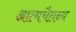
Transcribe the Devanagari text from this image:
आत्मचैतन्य